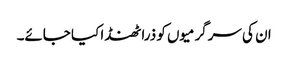
ان کی سرگرمیوں کو ذرا ٹھنڈا کیا جائے۔